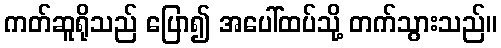
ကတ်ဆူရိုသည် ပြော၍ အပေါ်ထပ်သို့ တက်သွားသည်။